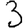
Digit: 3